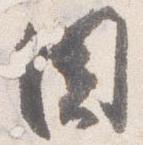
固